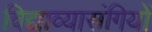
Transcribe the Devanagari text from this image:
विद्याव्यासंगियों